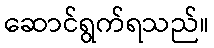
ဆောင်ရွက်ရသည်။